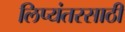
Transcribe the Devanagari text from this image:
लिप्यंतरसाठी